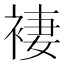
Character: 褄